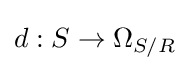
d:S\to \Omega _{S/R}